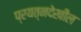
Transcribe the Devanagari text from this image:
प्रयत्नदेखील